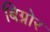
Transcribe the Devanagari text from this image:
बिग्नोर